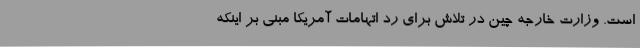
است. وزارت خارجه چین در تلاش برای رد اتهامات آمریکا مبنی بر اینکه